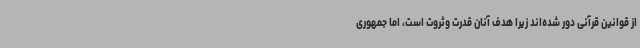
از قوانین قرآنی دور شده‌اند زیرا هدف آنان قدرت وثروت است، اما جمهوری